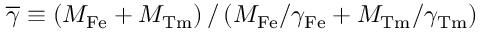
\overline { \gamma } \equiv \left( M _ { \mathrm { F e } } + M _ { \mathrm { T m } } \right) / \left( M _ { \mathrm { F e } } / \gamma _ { \mathrm { F e } } + M _ { \mathrm { T m } } / \gamma _ { \mathrm { T m } } \right)